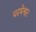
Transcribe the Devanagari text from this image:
परमेश्वरः